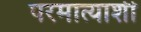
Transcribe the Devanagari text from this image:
परमात्याशी